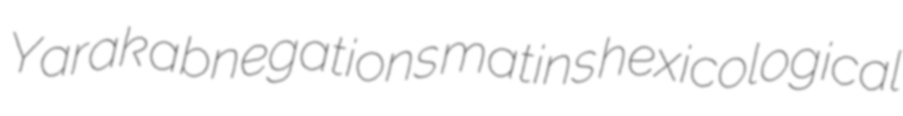
Yarak abnegations matins hexicological